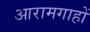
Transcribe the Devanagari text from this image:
आरामगाहों